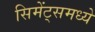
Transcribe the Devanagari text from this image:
सिमेंट्समध्ये